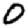
Digit: 0